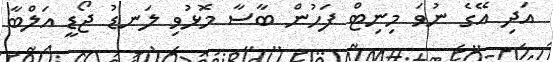
އަދި އޭގެ ނުވަ މިނިޓް ފަހުން ބާސާ މޮޅުވި ލަނޑު ޖޯޑީ އަލްބާ